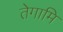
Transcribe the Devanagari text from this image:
तेगामि